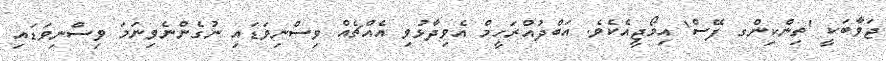
ޖަވާބަކީ 'ތިންކިންގ ފޭސް' އިމޯޖީއެކެވެ. އަބްދުއްރަހީމް އެވިދާޅުވި އެއްޗެއް ވިސްނިވަޑައި ނުގެންނެވިނަމަ ވިސްނިވަޑައި